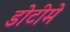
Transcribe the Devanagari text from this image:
डोटीमे